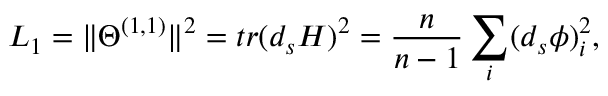
{ \cal L } _ { 1 } = \Vert \Theta ^ { ( 1 , 1 ) } \Vert ^ { 2 } = t r ( d _ { s } H ) ^ { 2 } = \frac { n } { n - 1 } \sum _ { i } ( d _ { s } \phi ) _ { i } ^ { 2 } ,